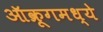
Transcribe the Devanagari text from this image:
ऑक्रूगमध्ये